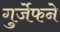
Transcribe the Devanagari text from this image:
गुर्जेफने